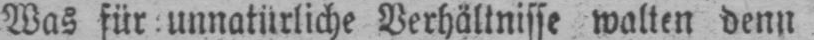
Was für unnatürliche Verhältnisse walten denn